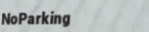
NoParking